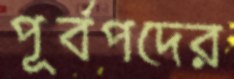
পূর্বপদের